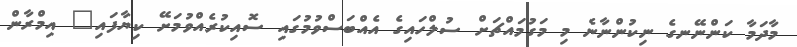
މާދަމާ ކަންނޭނގެ ނިކުންނާނެ މި މަގުމައްޗަށް ސުލްހައިގެ އެއްބަސްވުމުގައި ސޮއިކުރެއްވުމަށޭ ކިޔާފައި" އިމްރާން